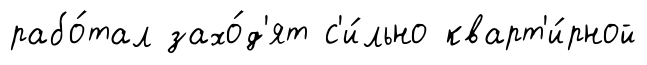
рабо́тал захо́д'ят с'и́льно кварт'и́рной